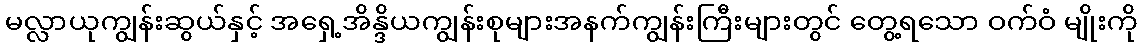
မလ္လာယုကျွန်းဆွယ်နှင့် အရှေ့အိန္ဒိယကျွန်းစုများအနက်ကျွန်းကြီးများတွင် တွေ့ရသော ဝက်ဝံ မျိုးကို